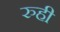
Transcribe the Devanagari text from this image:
रुही